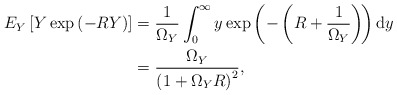
\begin{align*}E_Y \left[ Y \exp\left({-RY}\right)\right] &=\frac{1}{\Omega_Y} \int_{0}^\infty y \exp\left({- \left( R + \frac{1}{\Omega_Y} \right)}\!\right) \mathrm{d}y \\&= \frac{\Omega_Y}{ \left( 1+ \Omega_Y R \right)^2}, \end{align*}